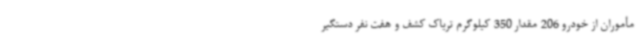
مأموران از خودرو 206 مقدار 350 کیلوگرم تریاک کشف و هفت نفر دستگیر